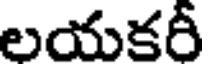
లయకరీ